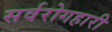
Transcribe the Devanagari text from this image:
सर्वरोगहारी